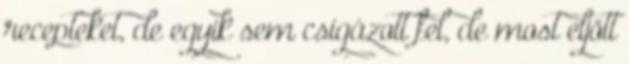
recepteket, de egyik sem csigázott fel, de most eljött